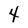
Character: 4